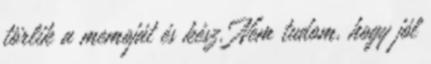
törlik a memoját és kész. Nem tudom, hogy jól